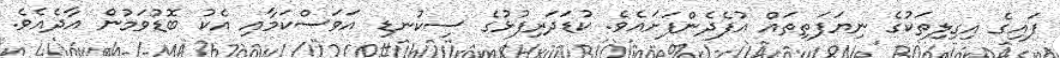
ފައިގެ އިގިލިތަކުގެ ނިޔަފަތިތައް އުފެދެންފަށައެވެ. ކުޑަދަރިފުޅުގެ ސިކުނޑި އަވަސްކަމާއި އެކު ބޮޑުވަމުން އާދެއެވެ.